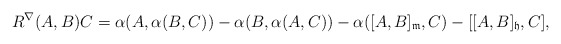
\begin{align*} R^{\nabla}(A,B)C= \alpha (A,\alpha (B, C))-\alpha (B,\alpha (A, C))-\alpha ( [A , B]_{\mathfrak{m}}, C)-[[A , B]_{\mathfrak{h}} , C], \end{align*}